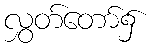
လွှတ်တော်၌